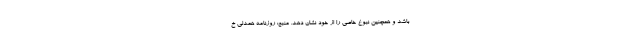
باشد و همچنین نبوغ خاصی را از خود نشان دهد. منبع: روزنامه همدلی خ